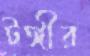
টঙ্গীর